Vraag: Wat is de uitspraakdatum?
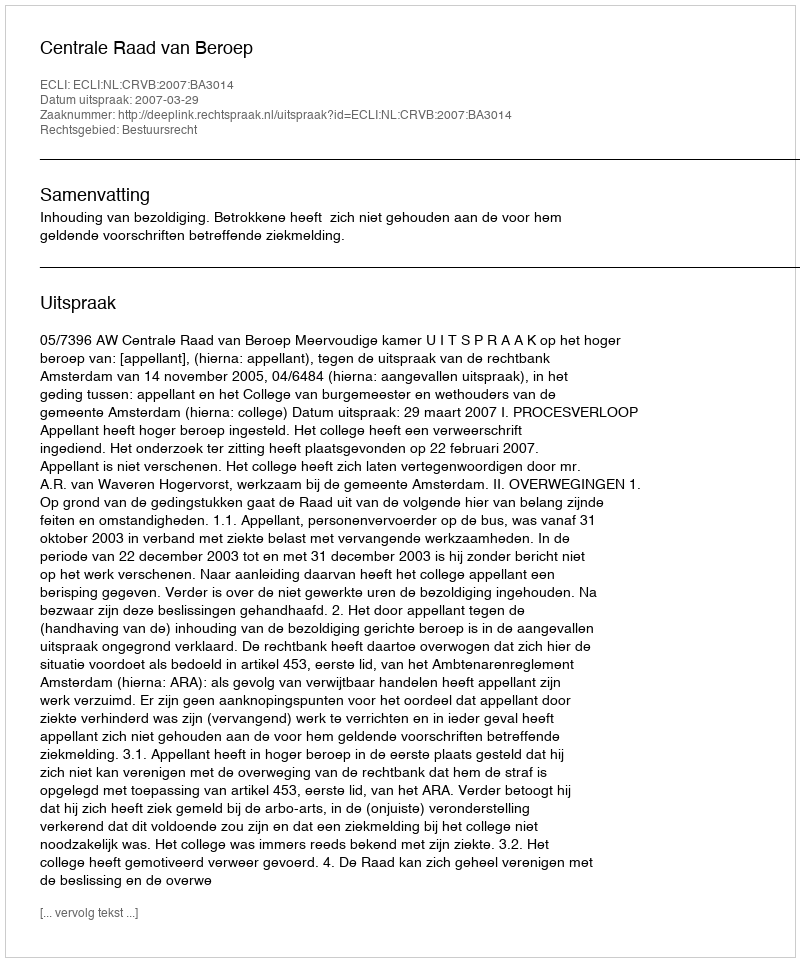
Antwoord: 2007-03-29